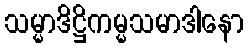
သမ္မာဒိဋ္ဌိကမ္မသမာဒါနော